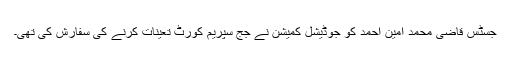
جسٹس قاضی محمد امین احمد کو جوڈیشل کمیشن نے جج سپریم کورٹ تعینات کرنے کی سفارش کی تھی۔